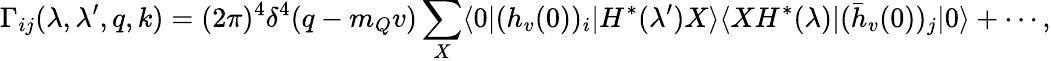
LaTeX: \Gamma_{ij}(\lambda,\lambda^{\prime},q,k)=(2\pi)^{4}\delta^{4}(q-m_{Q}v)\sum_{X}\langle 0\vert(h_{v}(0))_{i}\vert H^{*}(\lambda^{\prime})X\rangle\langle XH^{*}(\lambda)\vert(\bar{h}_{v}(0))_{j}\vert 0\rangle+\cdots,